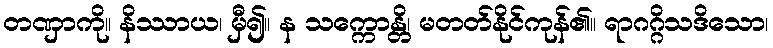
တဏှာကို။ နိဿာယ၊ မှီ၍။ န သက္ကောန္တိ၊ မတတ်နိုင်ကုန်၏။ ရာဂဂ္ဂိသဒိသော၊